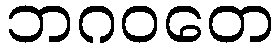
ဘဂဝတေ